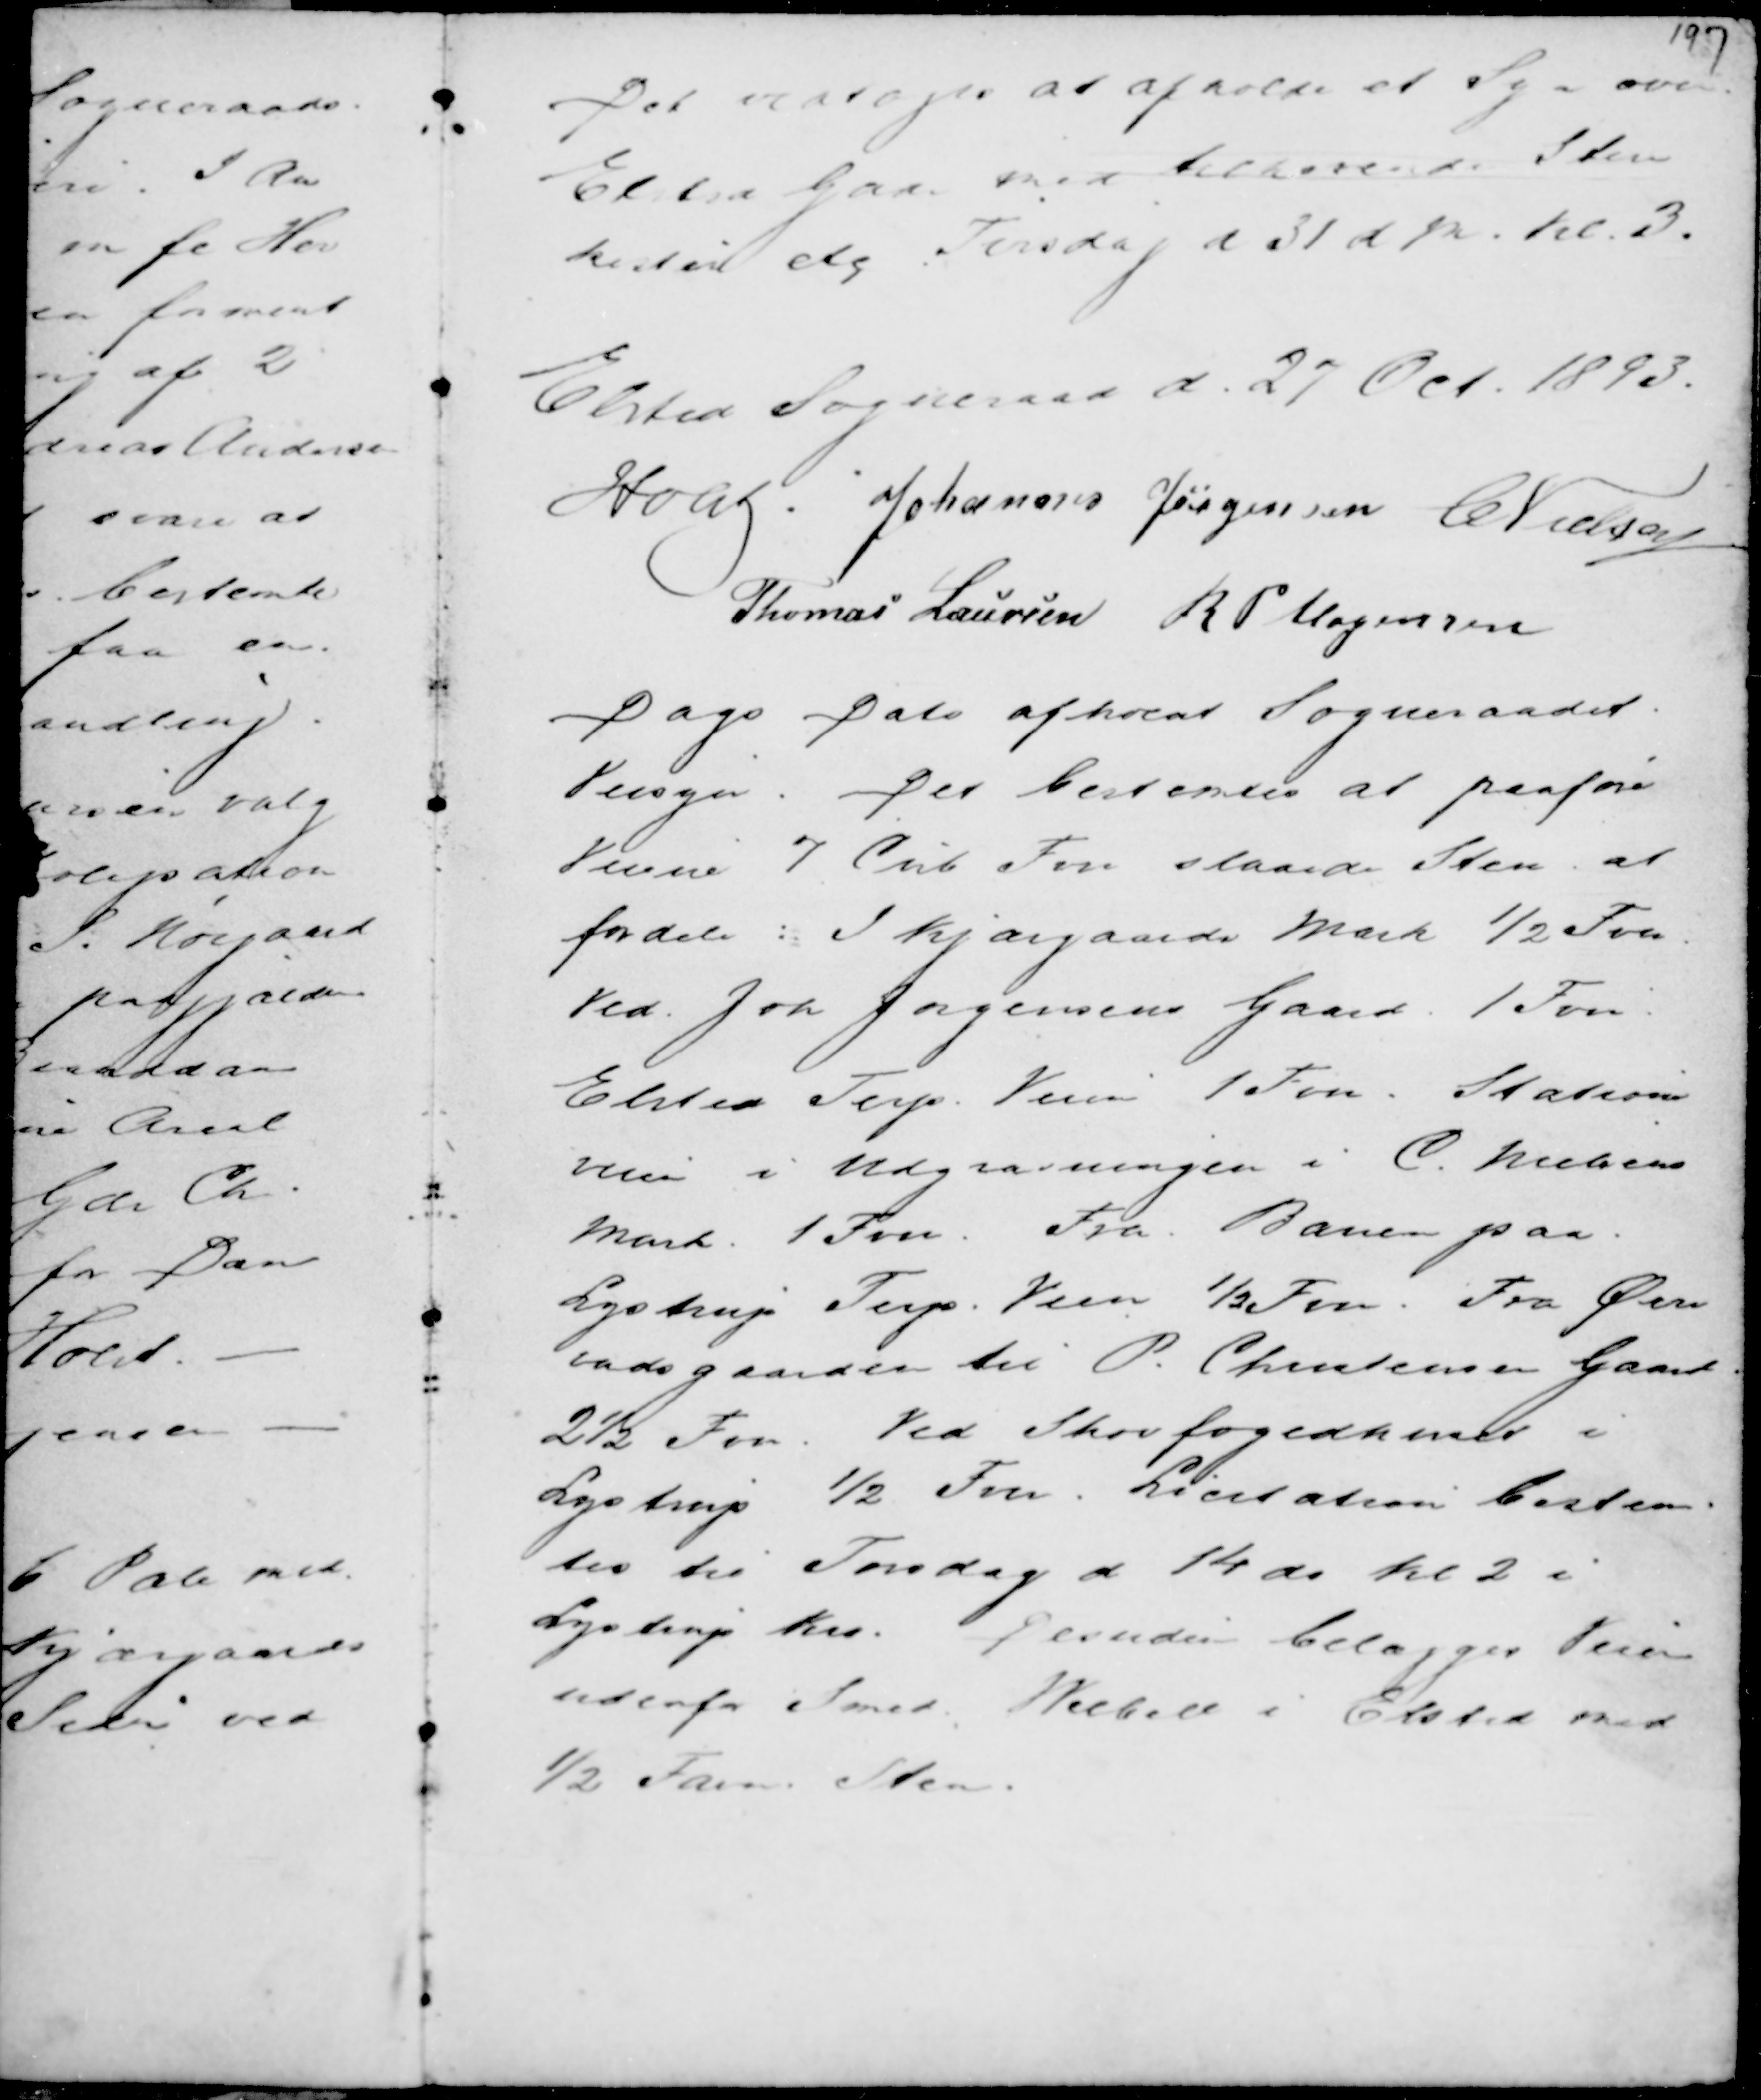
Transskription:
Det vedtoges at afholde et Syn over
Elsted Gade med tilhørende Sten
kisten etc Tirsdag d 31 d M. Kl. 3.

Elsted Sogneraad d. 27 Oct. 1893.
Holst . Johannes Jørgensen C Nielsen
Thomas Laursen R P Mogensen

Dags Dato afholdt Sogneraadet
Veisyn. Det bestemtes at paaføre
Veiene 7 Cub Fvn slaaede Sten at
fordele : I Kjærgaards Mark ½ Fvn.
Ved Joh Jørgensens Gaard 1 Fvn :
Elsted Terp Veien 1 Fvn . Stations
veien i Udgravningen i C Nielsens
Mark 1 Fvn. Fra Banen paa
Lystrup Terp Veien ½ Fvn. Fra Ørn
vadsgaarden til P. Christensens Gaard
2½ Fvn. Ved Skovfogedhuset i
Lystrup ½ Fvn . Licitation bestem-
tes til Torsdag d 14 ds KL 2 i
Lystrup Kro. Desuden belægges Veien
udenfor Smed Wiebell i Elsted med
½ Favn Sten.